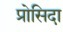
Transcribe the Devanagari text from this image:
प्रोसिदा